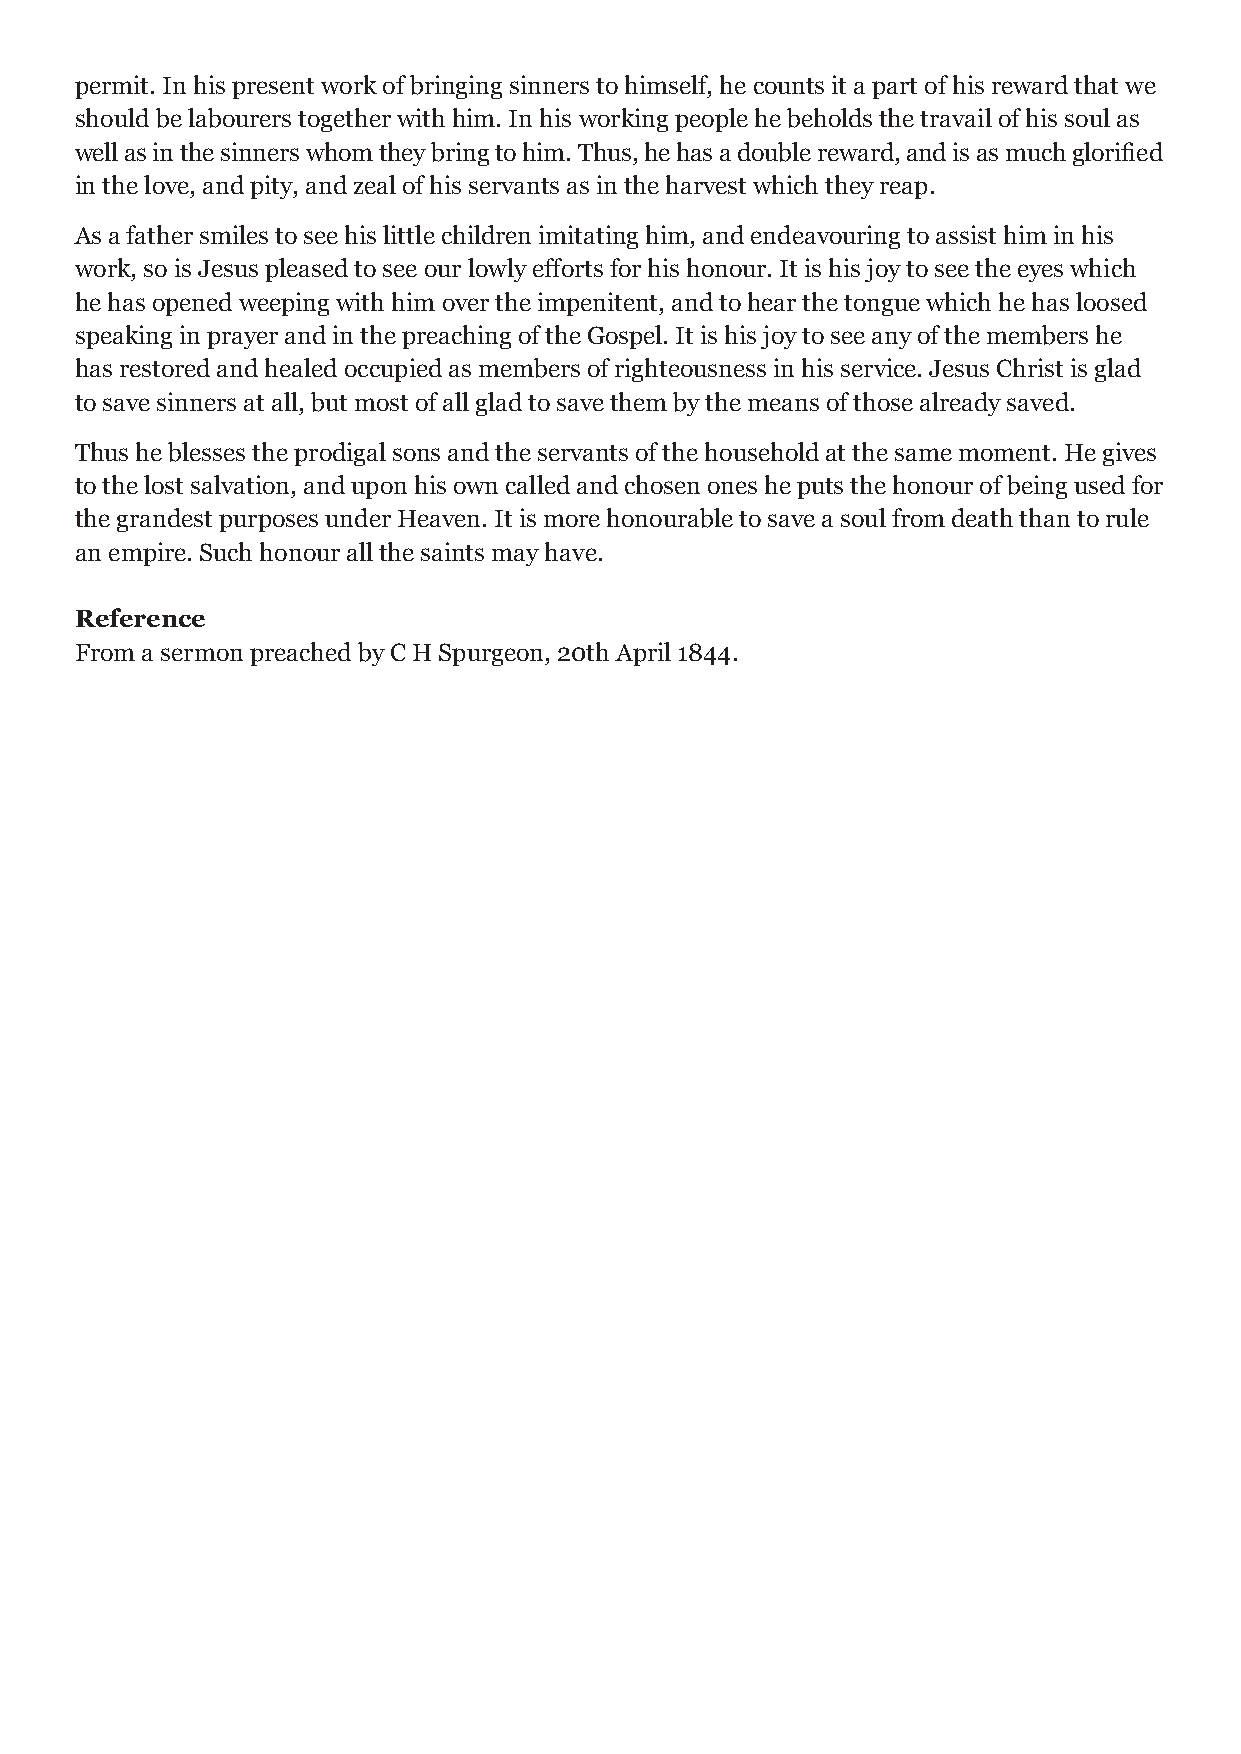
permit. In his present work of bringing sinners to himself, he counts it a part of his reward that we
 should be labourers together with him. In his working people he beholds the travail of his soul as
 well as in the sinners whom they bring to him. Thus, he has a double reward, and is as much glorified
 in the love, and pity, and zeal of his servants as in the harvest which they reap.
 As a father smiles to see his little children imitating him, and endeavouring to assist him in his
 work, so is Jesus pleased to see our lowly efforts for his honour. It is his joy to see the eyes which
 he has opened weeping with him over the impenitent, and to hear the tongue which he has loosed
 speaking in prayer and in the preaching of the Gospel. It is his joy to see any of the members he
 has restored and healed occupied as members of righteousness in his service. Jesus Christ is glad
 to save sinners at all, but most of all glad to save them by the means of those already saved.
 Thus he blesses the prodigal sons and the servants of the household at the same moment. He gives
 to the lost salvation, and upon his own called and chosen ones he puts the honour of being used for
 the grandest purposes under Heaven. It is more honourable to save a soul from death than to rule
 an empire. Such honour all the saints may have.
 Reference
 From a sermon preached by C H Spurgeon, 20th April 1844.